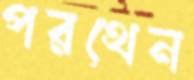
পরথেন